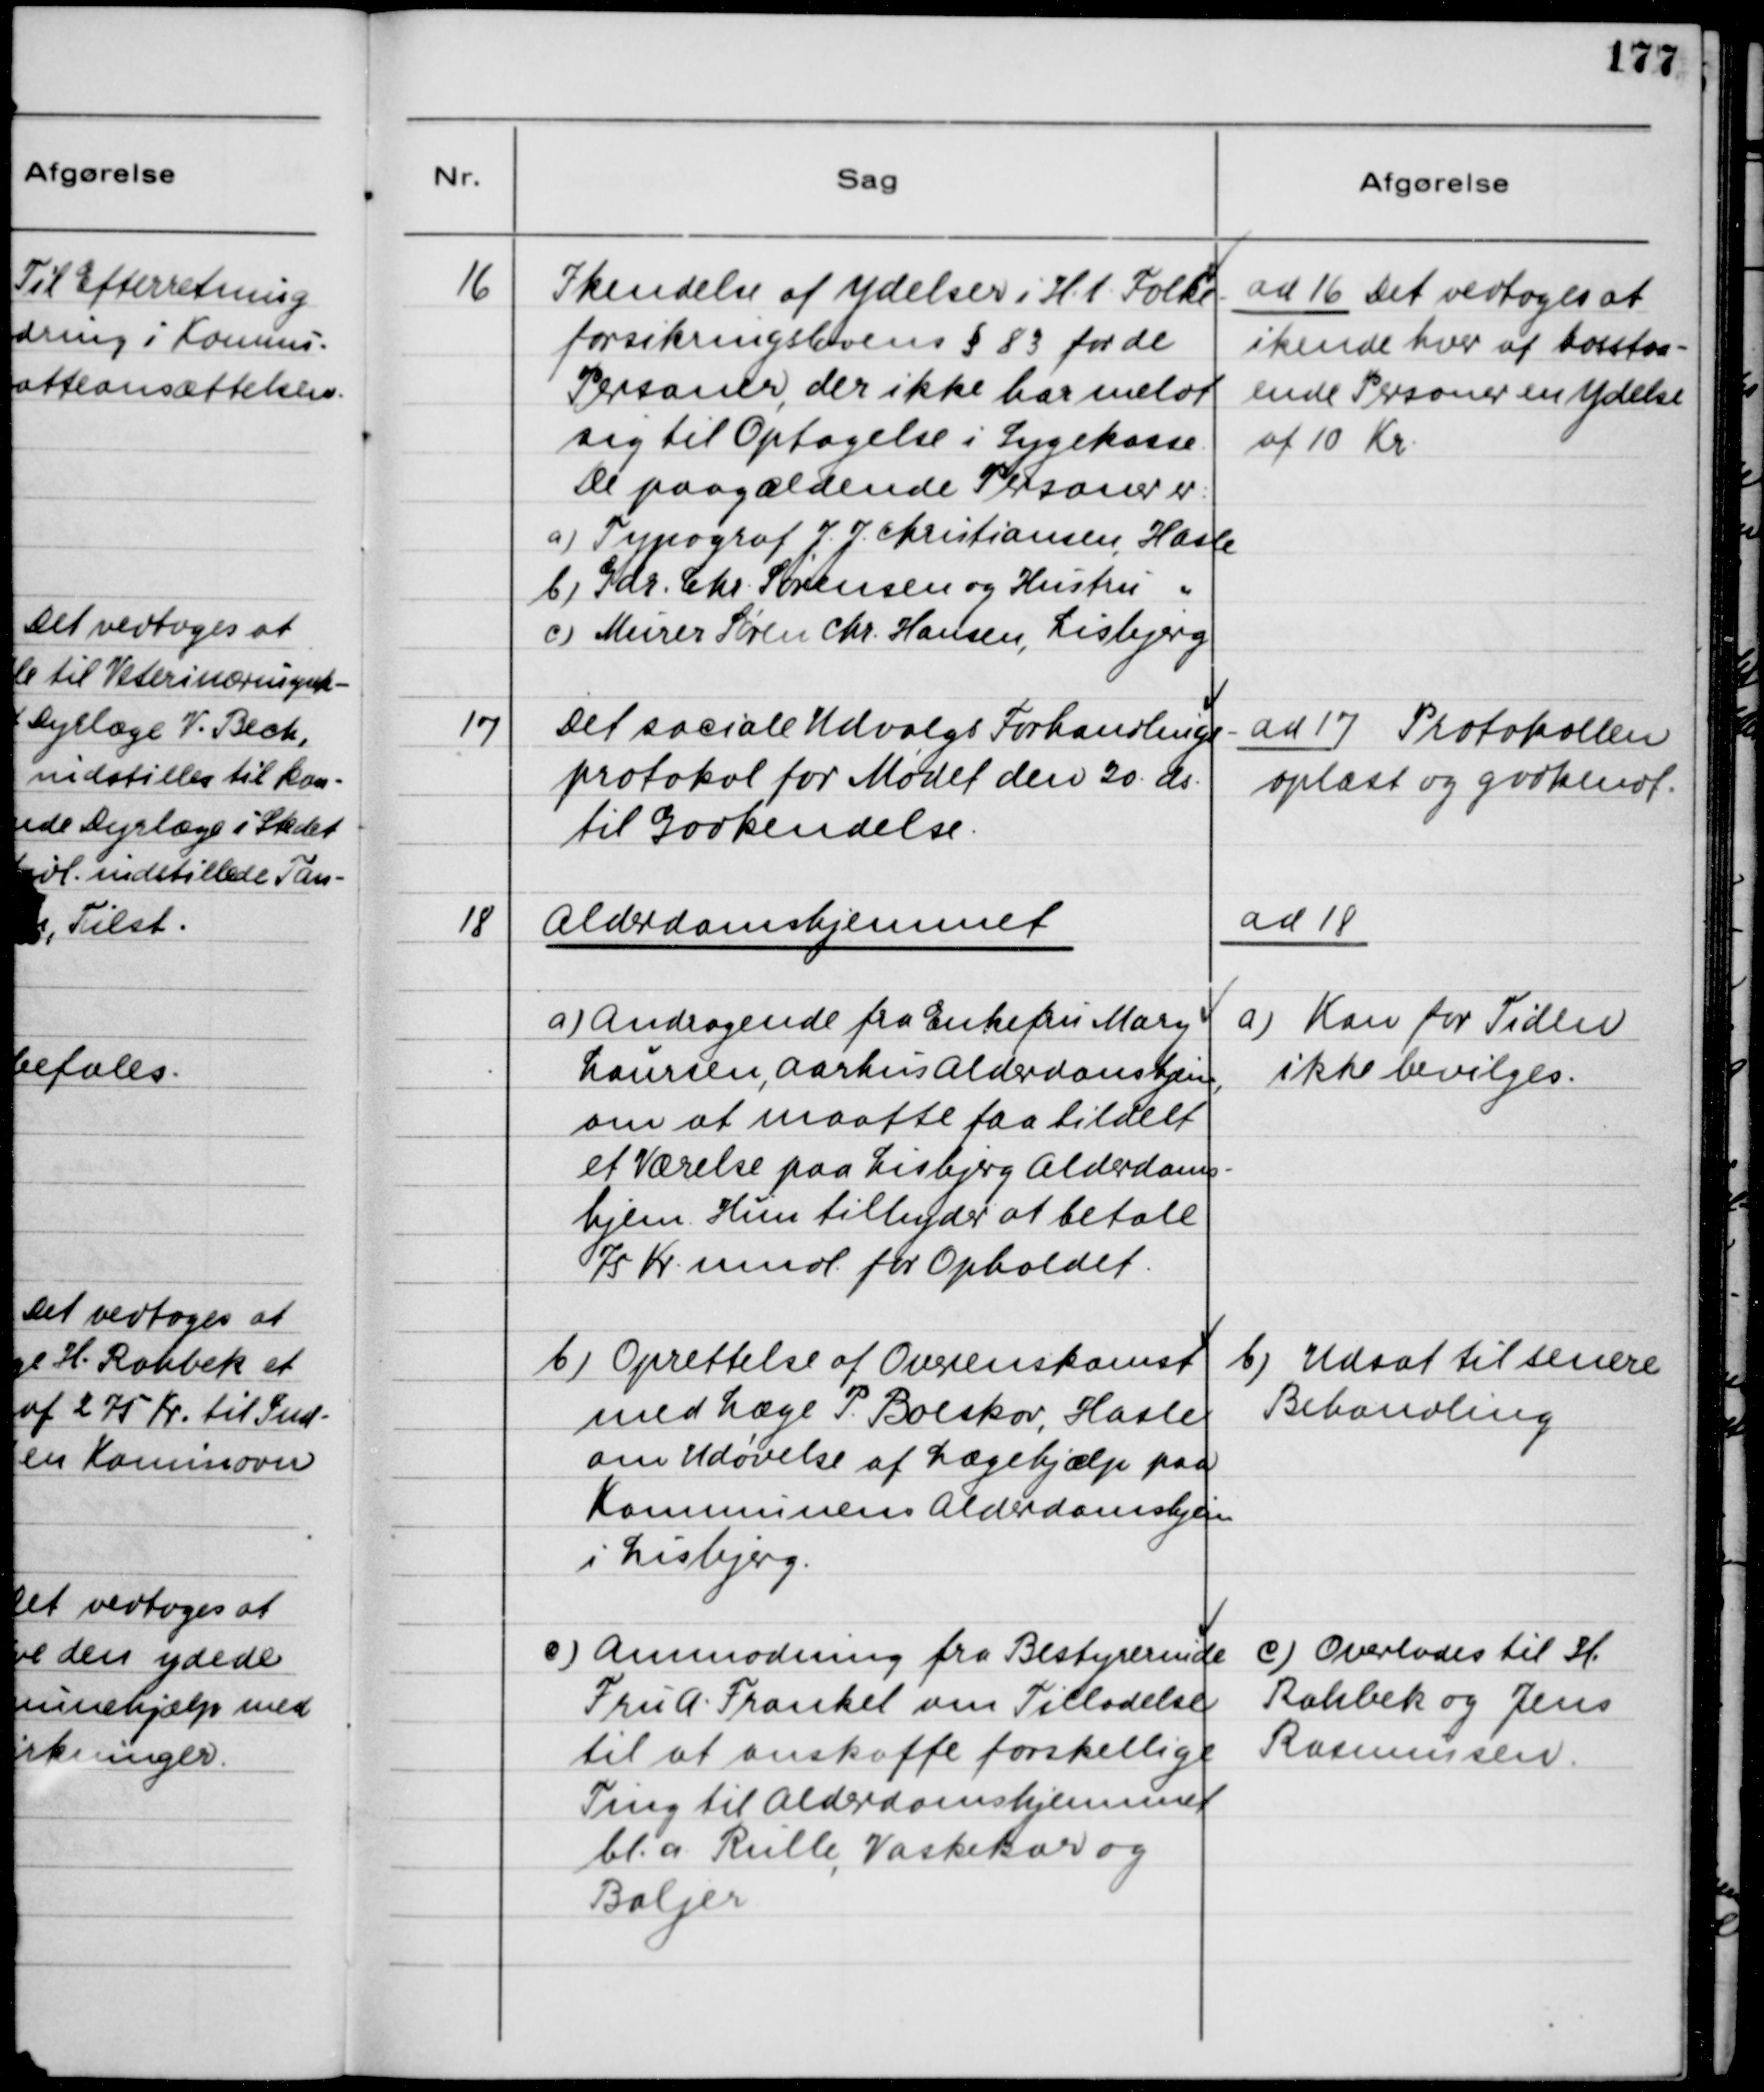
Transskription:
16
Ikendelse af Ydelser i H.t. Folke-
forsikringslovens § 83 for de
Personer, der ikke har meldt
sig til Optagelse i Sygekasse
De paagældende Personer er:
a) Typograf J.J Christiansen, Hasle
b) Gdr. Chr. Sørensen og Hustru "
c) Murer Søren Chr. Hansen, Lisbjerg
ad 16 Det vedtoges at
ikende hver af hosstaa-
ende Personer en Ydelse
af 10 Kr.
17
Det sociale Udvalgs Forhandlings-
protokol for Mødet den 20 ds.
til Godkendelse.
ad 17 Protokollen
oplæst og godkendt.
18
Alderdomshjemmet
a) Andragende fra Enkefru Mary
Laursen, Aarhus Alderdomshjem,
om at maatte faa tildelt
et Værelse paa Lisbjerg Alderdoms-
hjem. Hun tilbyder at betale
75 Kr mdl. for Opholdet.
ad 18
a) Kan for Tiden
ikke bevilges.
b) Oprettelse af Overenskomst
med Læge P. Boeskov, Hasle
om Udøvelse af Lægehjælp paa
Kommunens Alderdomshjem
i Lisbjerg.
b) Udsat til senere
Behandling
c) Anmodning fra Bestyrerinde
Fru A Frankel om Tilladelse
til at anskaffe forskellige
Ting til Alderdomshjemmet
bl.a. Rulle, Vaskekar og
Baljer
c) Overlades til H.
Rahbek og Jens
Rasmussen.